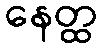
နေတ္ထ